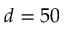
d = 5 0